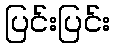
ပြင်းပြင်း